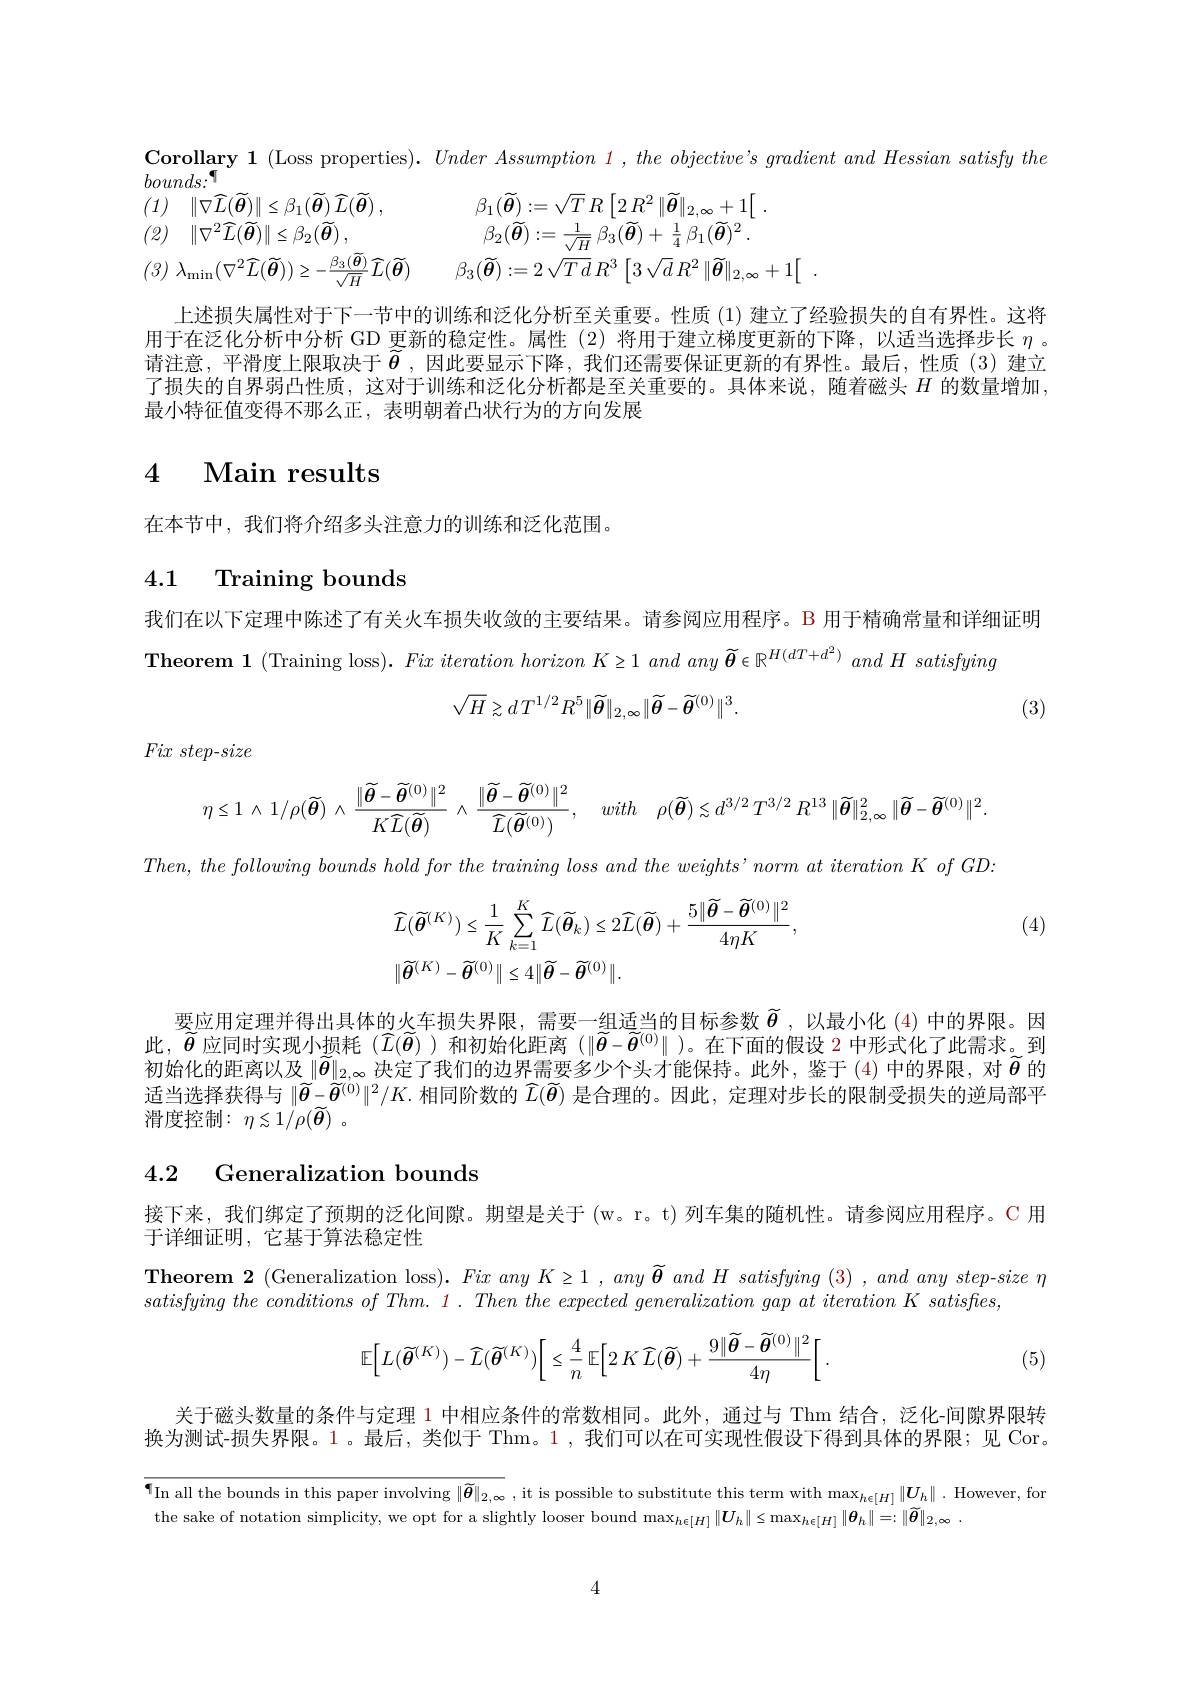
$$\begin{aligned}&ounds{:}^{\P}\\&(1)\quad\|\nabla\widehat{L}(\widetilde{\boldsymbol{\theta}})\|\leq\beta_{1}(\widetilde{\boldsymbol{\theta}})\:\widehat{L}(\widetilde{\boldsymbol{\theta}})\:,&&\beta_{1}(\widetilde{\boldsymbol{\theta}}):=\sqrt{T}\:R\left[2\:R^{2}\:\|\widetilde{\boldsymbol{\theta}}\|_{2,\infty}+1\right[\:.\\&(2)\quad\|\nabla^{2}\widehat{L}(\widetilde{\boldsymbol{\theta}})\|\leq\beta_{2}(\widetilde{\boldsymbol{\theta}})\:,&&\beta_{2}(\widetilde{\boldsymbol{\theta}}):=\frac{1}{\sqrt{H}}\:\beta_{3}(\widetilde{\boldsymbol{\theta}})+\frac{1}{4}\:\beta_{1}(\widetilde{\boldsymbol{\theta}})^{2}.\\&(3)\:\lambda_{\mathrm{min}}(\nabla^{2}\widehat{L}(\widetilde{\boldsymbol{\theta}}))\geq-\frac{\beta_{3}(\widetilde{\boldsymbol{\theta}})}{\sqrt{H}}\widehat{L}(\widetilde{\boldsymbol{\theta}})&&\beta_{3}(\widetilde{\boldsymbol{\theta}}):=2\:\sqrt{T\:d}\:R^{3}\left[3\:\sqrt{d}\:R^{2}\:\|\widetilde{\boldsymbol{\theta}}\|_{2,\infty}+1\right[\:.\end{aligned}$$
Corollary 1 (Loss properties). UnderAssumption 1, the objective's gradient and Hessian satisfy the
上述损失属性对于下一节中的训练和泛化分析至关重要。性质(1)建立了经验损失的自有界性。这将用于在泛化分析中分析 GD 更新的稳定性。属性(2)将用于建立梯度更新的下降，以适当选择步长$\eta$ 。请注意，平滑度上限取决于$\widetilde{\boldsymbol{\theta}}$ ,因此要显示下降，我们还需要保证更新的有界性。最后，性质(3)建立了损失的自界弱凸性质，这对于训练和泛化分析都是至关重要的。具体来说，随着磁头$H$的数量增加， 最小特征值变得不那么正，表明朝着凸状行为的方向发展

# 4 Main results

在本节中，我们将介绍多头注意力的训练和泛化范围。

## 4.1 Training bounds

我们在以下定理中陈述了有关火车损失收敛的主要结果。请参阅应用程序。B 用于精确常量和详细证明
Theorem 1 (Training loss). Fix iteration horizon K ≥ 1 and any $\widetilde{\boldsymbol{\theta}}\in\mathbb{R}^{H(dT+d^2)}andH$ satisfying
$$\sqrt{H}\gtrsim dT^{1/2}R^{5}\|\widetilde{\boldsymbol{\theta}}\|_{2,\infty}\|\widetilde{\boldsymbol{\theta}}-\widetilde{\boldsymbol{\theta}}^{(0)}\|^{3}.$$
(3)

$Fix\textit{ step- size}$
$$\eta\leq1\:\wedge\:1/\rho(\widetilde{\boldsymbol{\theta}})\:\wedge\:\frac{\|\widetilde{\boldsymbol{\theta}}-\widetilde{\boldsymbol{\theta}}^{(0)}\|^{2}}{K\widehat{L}(\widetilde{\boldsymbol{\theta}})}\:\wedge\:\frac{\|\widetilde{\boldsymbol{\theta}}-\widetilde{\boldsymbol{\theta}}^{(0)}\|^{2}}{\widetilde{L}(\widetilde{\boldsymbol{\theta}}^{(0)})},\quad with\quad\rho(\widetilde{\boldsymbol{\theta}})\lesssim d^{3/2}\:T^{3/2}\:R^{13}\:\|\widetilde{\boldsymbol{\theta}}\|_{2,\infty}^{2}\:\|\widetilde{\boldsymbol{\theta}}-\widetilde{\boldsymbol{\theta}}^{(0)}\|^{2}.$$
$Then$, the following bounds hold for the training loss and the $weights’ norm$ $at$ iteration $K$ $of$ $GD:$

(4)
$$\begin{aligned}&\widehat{L}(\widetilde{\boldsymbol{\theta}}^{(K)})\leq\frac{1}{K}\sum_{k=1}^{K}\widehat{L}(\widetilde{\boldsymbol{\theta}}_{k})\leq2\widehat{L}(\widetilde{\boldsymbol{\theta}})+\frac{5\|\widetilde{\boldsymbol{\theta}}-\widetilde{\boldsymbol{\theta}}^{(0)}\|^{2}}{4\eta K},\\&\|\widetilde{\boldsymbol{\theta}}^{(K)}-\widetilde{\boldsymbol{\theta}}^{(0)}\|\leq4\|\widetilde{\boldsymbol{\theta}}-\widetilde{\boldsymbol{\theta}}^{(0)}\|.\end{aligned}$$
要应用定理并得出具体的火车损失界限，需要一组适当的目标参数$\widetilde{\boldsymbol{\theta}}$ ,以最小化 (4)中的界限。因此，$\widetilde{\boldsymbol{\theta}}$应同时实现小损耗 ($\widehat{L}(\widetilde{\boldsymbol{\theta}})$ )和初始化距离 ($\|\widetilde{\boldsymbol{\theta}}-\widetilde{\boldsymbol{\theta}}^{(0)}\|$ )。在下面的假设 2 中形式化了此需求。到初始化的距离以及$\|\widetilde{\boldsymbol{\theta}}\|_{2,\infty}$决定了我们的边界需要多少个头才能保持。此外，鉴于 (4)中的界限，对 $\widetilde{\boldsymbol{\theta}}$ 的适当选择获得与$\|\widetilde{\boldsymbol{\theta}}-\widetilde{\boldsymbol{\theta}}^{(0)}\|^2/K.$相同阶数的$\widehat{L}(\widetilde{\boldsymbol{\theta}})$是合理的。因此，定理对步长的限制受损失的逆局部平滑度控制：$\eta \lesssim 1/ \rho ( \widetilde{\boldsymbol{\theta }} )$ .

## 4.2 Generalization bounds

接下来，我们绑定了预期的泛化间隙。期望是关于 (w。r。t)列车集的随机性。请参阅应用程序。C 用
于详细证明，它基于算法稳定性

Theorem 2 (Generalization loss). $Fix\textit{any K}\geq 1$ , $any\widetilde\boldsymbol{\theta}\textit{and H satisfying (3) , and any step-size \eta}$
satisfying the conditions $of$ $Thm.$ 1 . Then the expected generalization gap $at$ iteration $K$ $satisfles$,
$$\mathbb{E}\Big[L(\widetilde{\boldsymbol{\theta}}^{(K)})-\widehat{L}(\widetilde{\boldsymbol{\theta}}^{(K)})\Big[\leq\frac{4}{n}\:\mathbb{E}\Big[2\:K\:\widehat{L}(\widetilde{\boldsymbol{\theta}})+\frac{9\|\widetilde{\boldsymbol{\theta}}-\widetilde{\boldsymbol{\theta}}^{(0)}\|^{2}}{4\eta}\Big[\:.$$
(5)

关于磁头数量的条件与定理 1 中相应条件的常数相同。此外，通过与 Thm 结合，泛化-间隙界限转换为测试-损失界限。1。最后，类似于 Thm。1 ,我们可以在可实现性假设下得到具体的界限；见 Cor。

$\P_{\text{In all the bounds in this paper involving }\|\widetilde{\boldsymbol{\theta}}\|_{2,\infty},\text{ it is possible to substitute this term with max}_{h\in[H]}\|\boldsymbol{U}_h\|.\mathrm{~However,~for}}$
the sake of notation simplicity, we opt for a slightly looser bound $\max_{h\in[H]}\|\boldsymbol{U}_{h}\|\leq\max_{h\epsilon[H]}\|\boldsymbol{\theta}_{h}\|=:\|\widetilde{\boldsymbol{\theta}}\|_{2,\infty}$

4